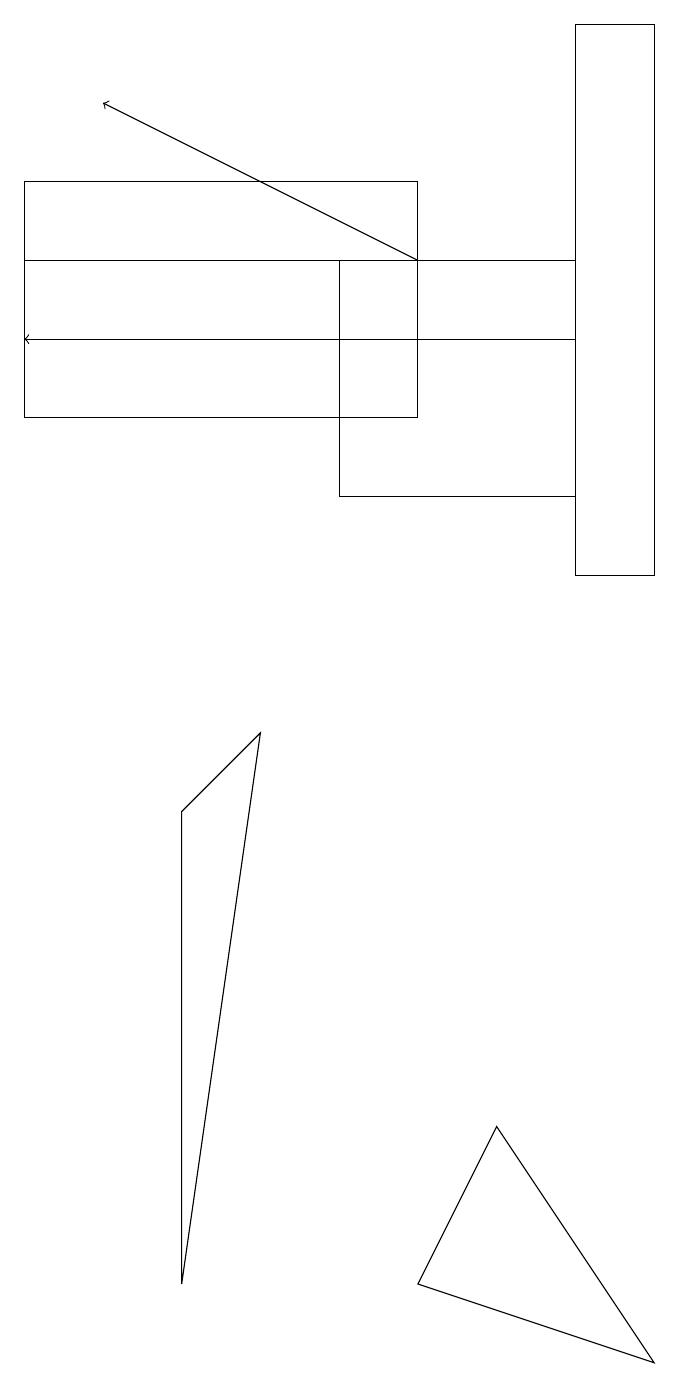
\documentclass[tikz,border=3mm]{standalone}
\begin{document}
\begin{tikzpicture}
\draw[->] (7,14) -- (0,14);
\draw (7,18) rectangle (8,11);
\draw (8,1) -- (6,4) -- (5,2) -- cycle;
\draw (0,15) rectangle (6,15);
\draw (7,12) rectangle (4,15);
\draw (5,13) rectangle (0,16);
\draw[->] (5,15) -- (1,17);
\draw (2,2) -- (3,9) -- (2,8) -- cycle;
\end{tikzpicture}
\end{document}